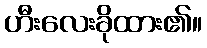
ဟီးလေးခိုထား၏။